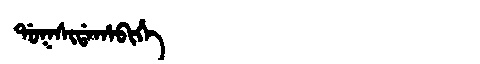
Manchu: ᡩᠣᡴᠰᡳᡩᠠᡥᠠᠪᡳᡥᡝ
Romanization: DOKSIDAHABIHE